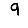
Digit: 9